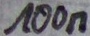
Text: 100n